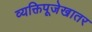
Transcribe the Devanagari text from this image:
व्यक्तिपूजेखातर